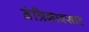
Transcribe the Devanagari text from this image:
तंत्रिकावसाद